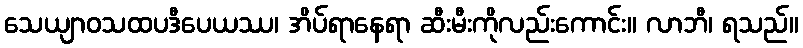
သေယျာဝသထပဒီပေယဿ၊ အိပ်ရာနေရာ ဆီးမီးကိုလည်းကောင်း။ လာဘီ၊ ရသည်။